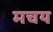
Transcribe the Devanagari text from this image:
मचय